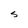
Character: S